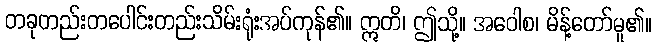
တခုတည်းတပေါင်းတည်းသိမ်းရုံးအပ်ကုန်၏။ ဣတိ၊ ဤသို့။ အဝေါစ၊ မိန့်တော်မူ၏။